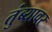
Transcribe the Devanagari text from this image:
तुंब्यावर